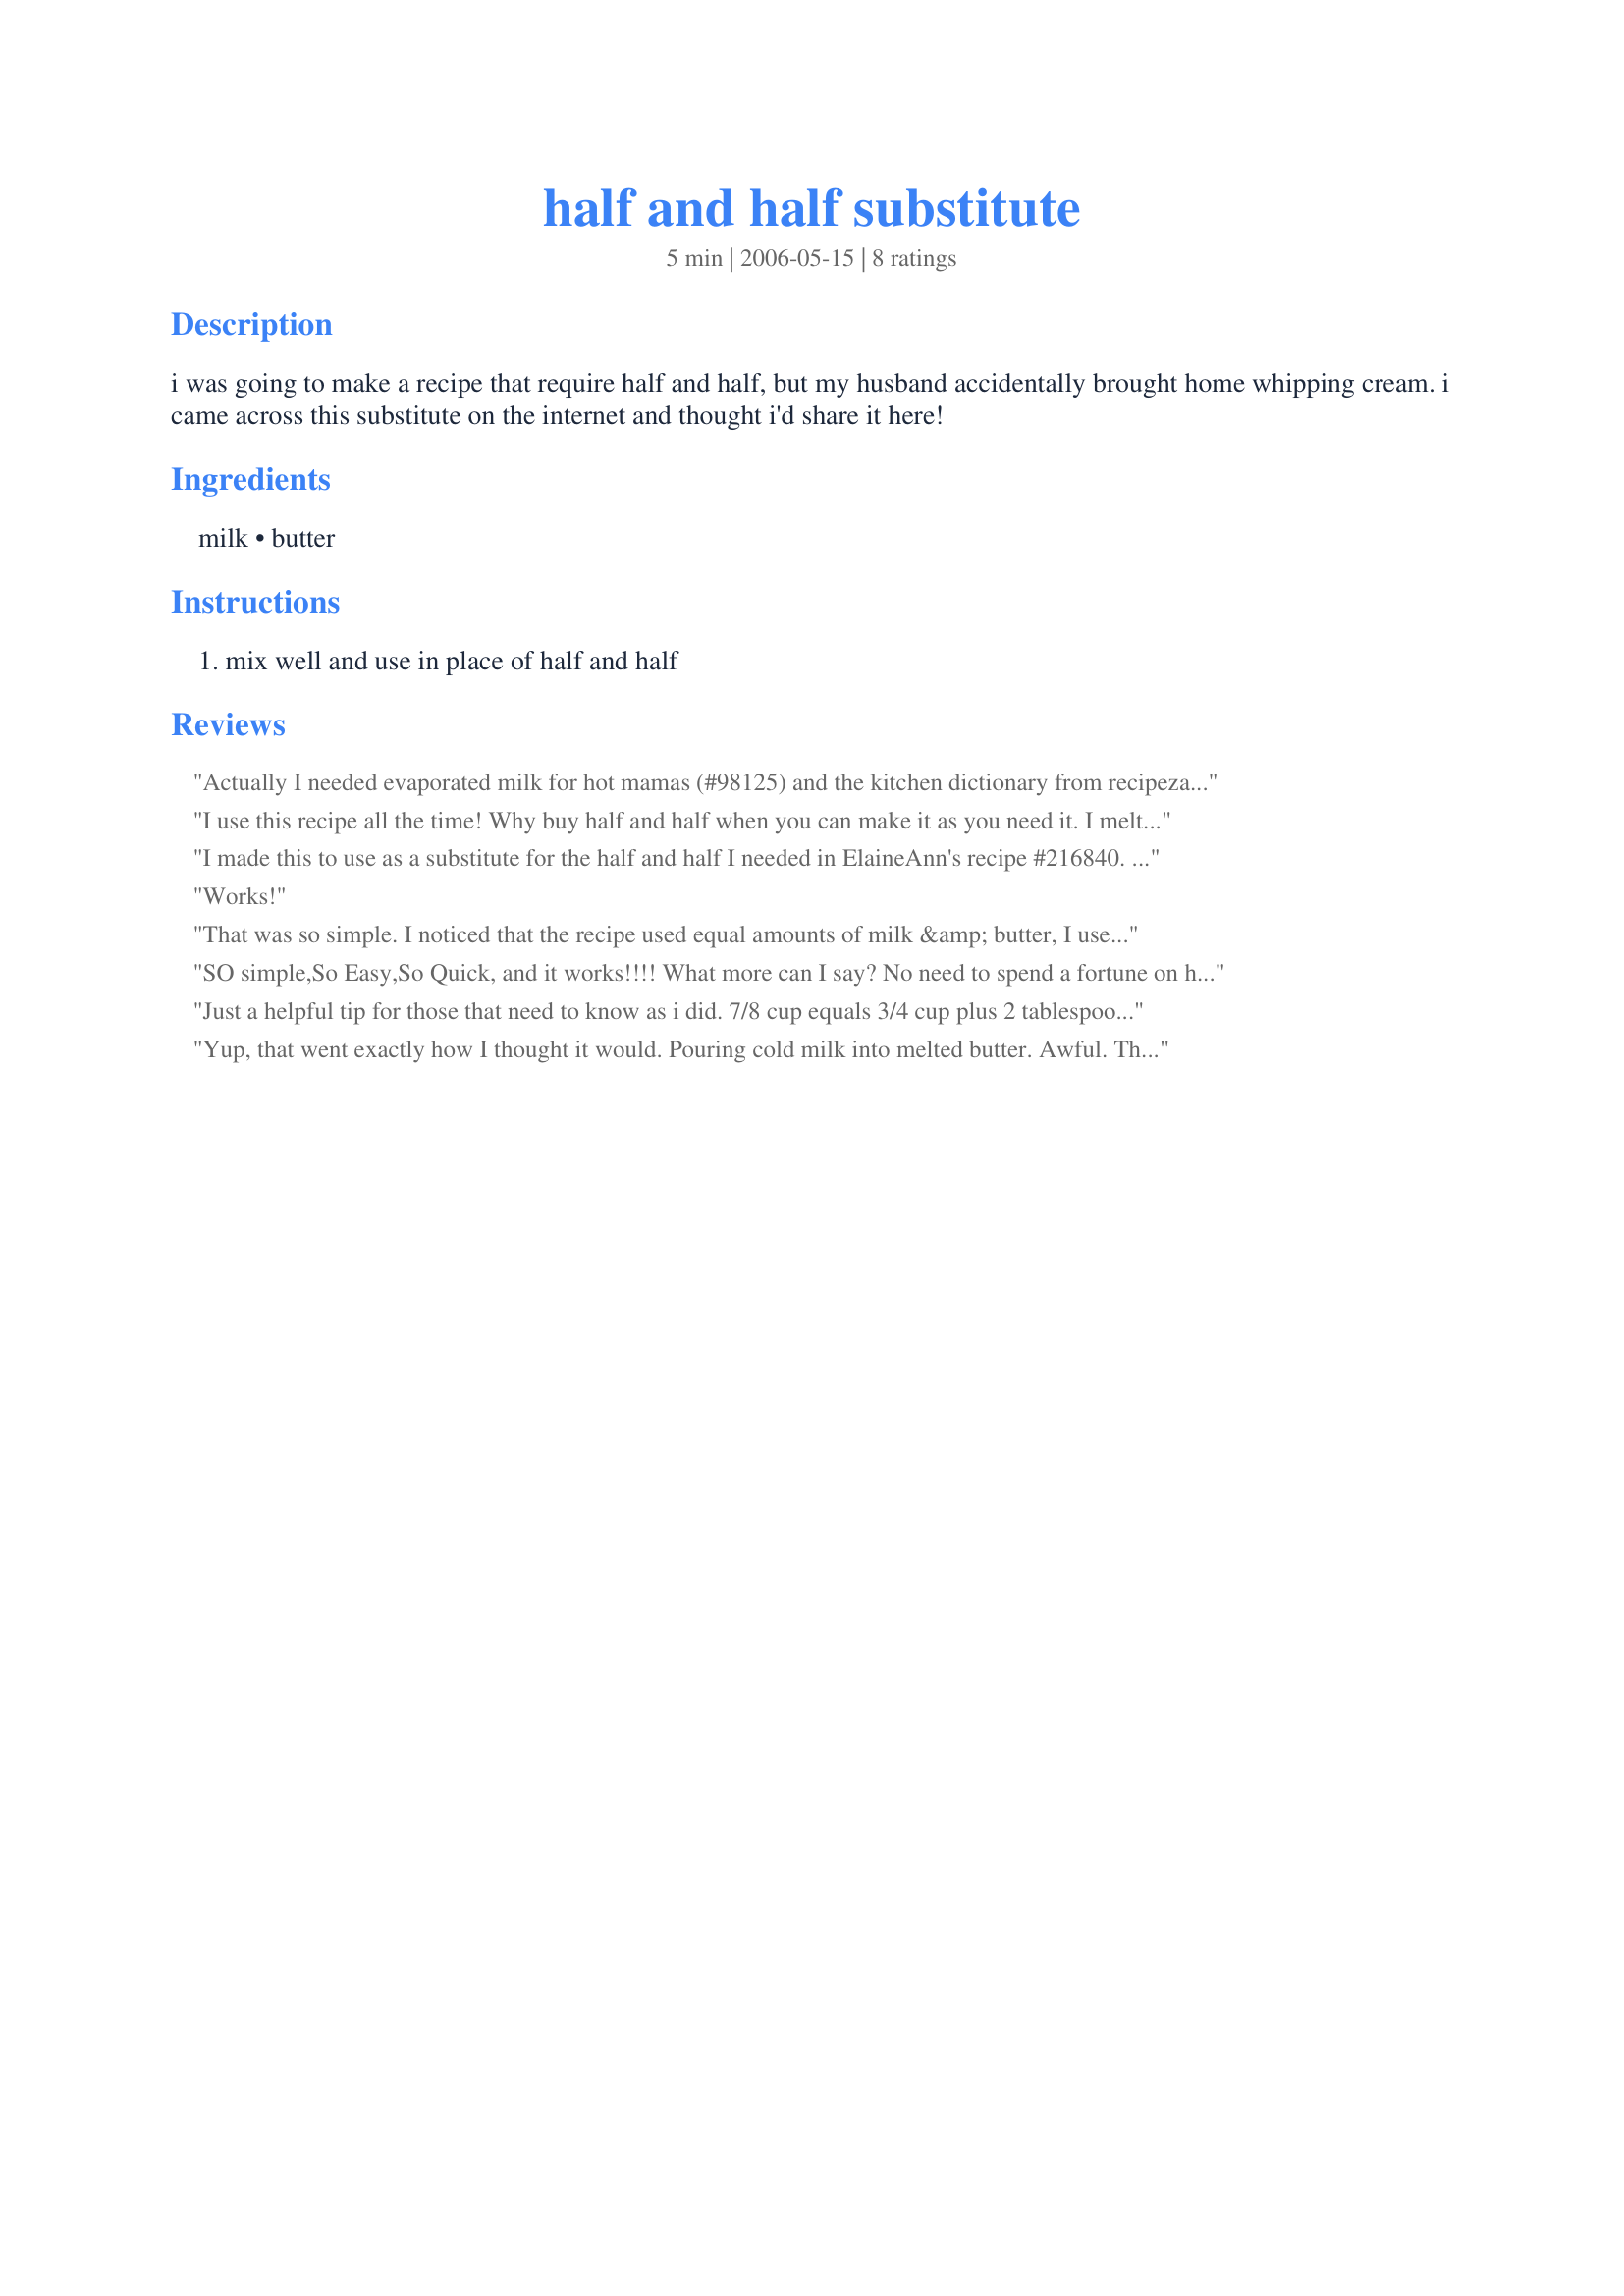
half and half substitute
Preparation time: 5 minutes

i was going to make a recipe that require half and half, but my husband accidentally brought home whipping cream. i came across this substitute on the internet and thought i'd share it here!

Ingredients:
milk, butter

Steps:
mix well and use in place of half and half

Reviews:
Actually I needed evaporated milk for hot mamas (#98125) and the kitchen dictionary from recipezaar indicated that half and half could be used as a substitute for evaporated milk. (I didn't have the ingredients needed for making my own evaporated milk). Anyway, this worked out very well in the recipe and saved me a trip to the grocery store. Thanks for posting.
I use this recipe all the time! Why buy half and half when you can make it as you need it. I melt 1 Tsp of butter in a measuring cup, let cool for a minute, fill with milk to equal one cup. Viola Cream! Glad to see this on Zaar ;) ~V
I made this to use as a substitute for the half and half I needed in ElaineAnn's recipe #216840. Very simple to make and it worked great! Thank you KC Cooker for posting this recipe.
Works!
That was so simple. I noticed that the recipe used equal amounts of milk &amp; butter, I used 1/2 C butter and 1/2 C milk. It turned out frothy on the top, but the goodness was beneath. I plan to experiment with the other comment suggestions/tips. Otherwise ~ Thanks so much for sharing such a FAB substitution!
SO simple,So Easy,So Quick, and it works!!!!
What more can I say? No need to spend a fortune on half & half.
Thanks,Darlene
Just a helpful tip for those that need to know as i did.

7/8 cup equals 3/4 cup plus 2 tablespoons........ 7/8 tablespoon equals 2 and 1/2 teaspoons.
Yup, that went exactly how I thought it would. Pouring cold milk into melted butter. Awful. The butter turned chunky and did not mix at all. Where did I go wrong? Did the butter not cool enough? Was the milk supposed to be room temp?
